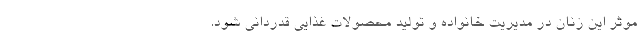
موثر این زنان در مدیریت خانواده و تولید محصولات غذایی قدردانی شود.